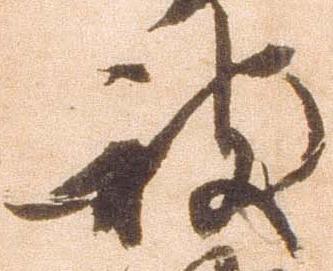
被